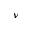
\nu